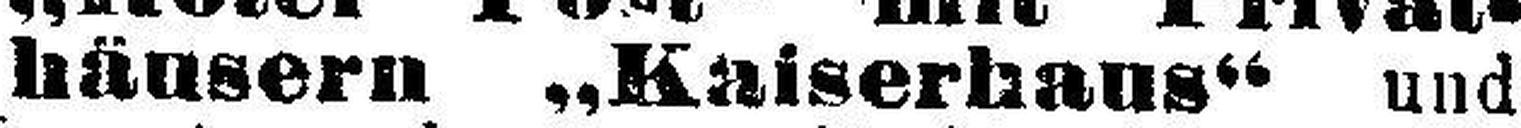
häusern „Kaiserhaus“ und